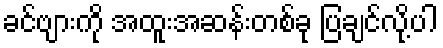
ခင်ဗျားကို အထူးအဆန်းတစ်ခု ပြချင်လို့ပါ